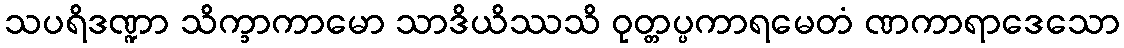
သပရိဒဏ္ဍာ သိက္ခာကာမော သာဒိယိဿသိ ဝုတ္တပ္ပကာရမေတံ ဏကာရာဒေသော